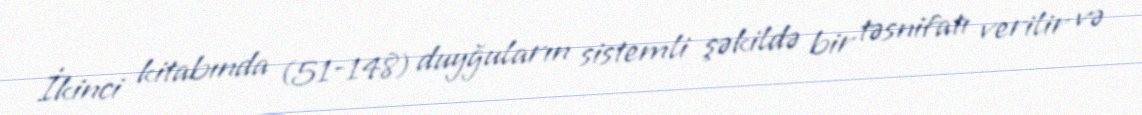
İkinci kitabında (51-148) duyğuların sistemli şəkildə bir təsnifatı verilir və